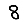
Digit: 8